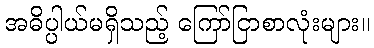
အဓိပ္ပါယ်မရှိသည့် ကြော်ငြာစာလုံးများ။